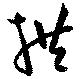
拱